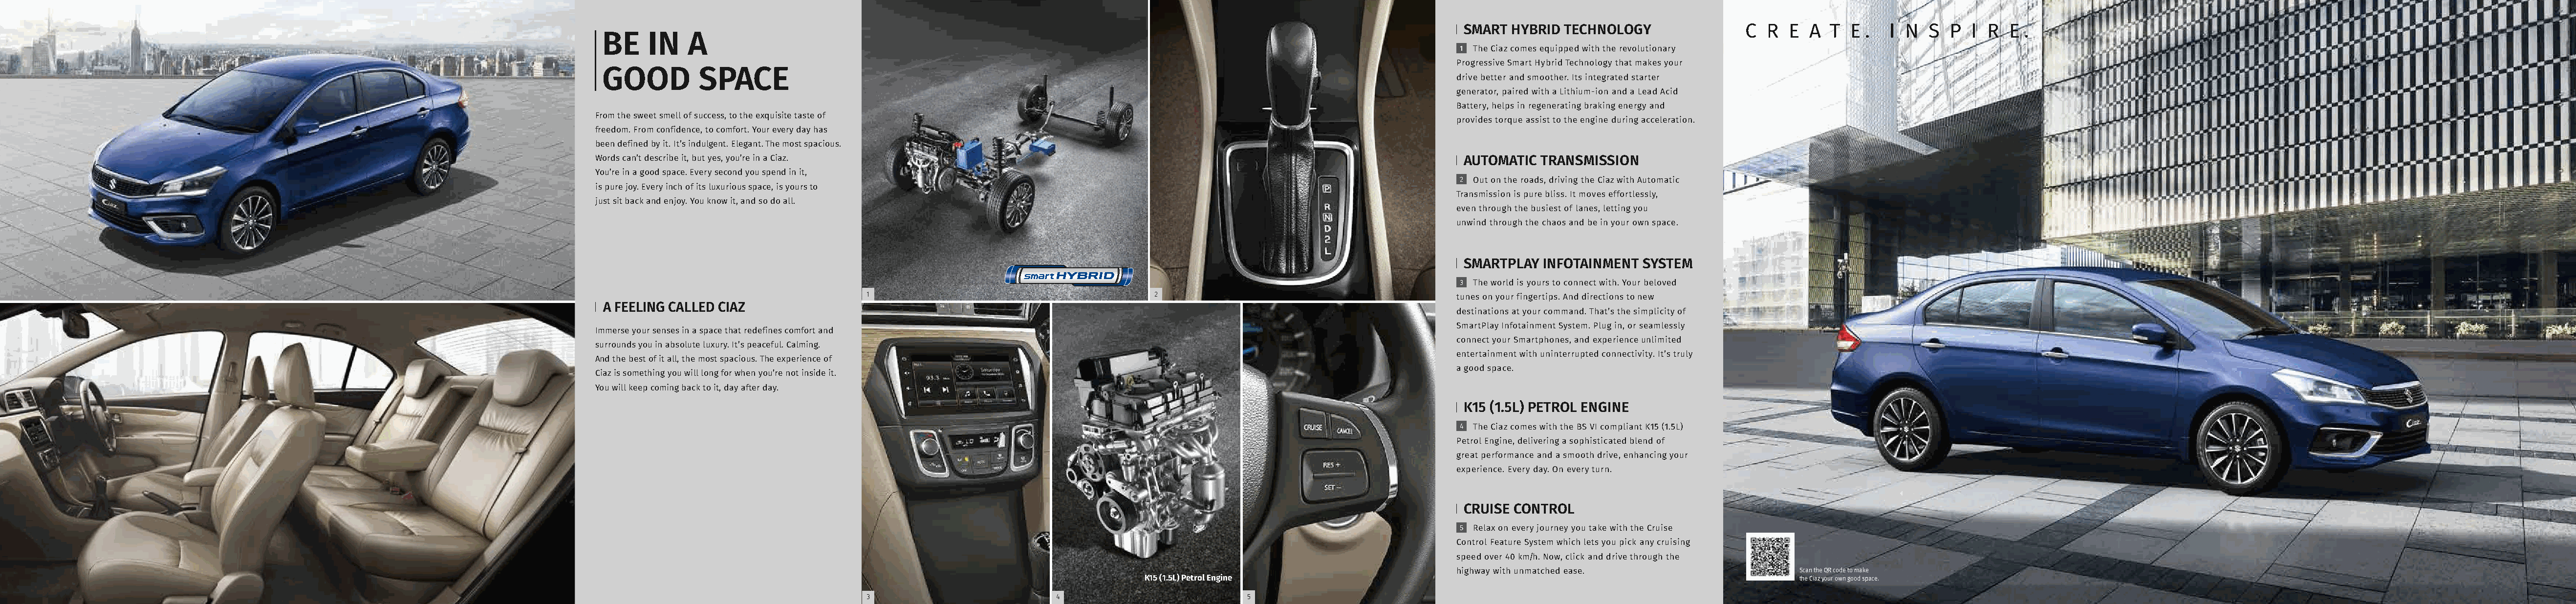
WFH_CIAZ_6 Pages Brochure_12.10.20                      2                                                                                                                    3                                                                                                                  4
 SMART HYBRID TECHNOLOGY
 BE    IN    A
 1 The Ciaz comes equipped with the revolutionary
 Progressive Smart Hybrid Technology that makes your
 GOOD         SPACE                                                                                                  drive better and smoother. Its integrated starter
 generator, paired with a Lithium-ion and a Lead Acid
 Battery, helps in regenerating braking energy and
 From the sweet smell of success, to the exquisite taste of
 provides torque assist to the engine during acceleration.
 freedom. From confidence, to comfort. Your every day has
 been defined by it. It’s indulgent. Elegant. The most spacious.
 Words can’t describe it, but yes, you’re in a Ciaz.                                                                   AUTOMATIC TRANSMISSION
 You’re in a good space. Every second you spend in it,
 2 Out on the roads, driving the Ciaz with Automatic
 is pure joy. Every inch of its luxurious space, is yours to
 Transmission is pure bliss. It moves effortlessly,
 just sit back and enjoy. You know it, and so do all.
 even through the busiest of lanes, letting you
 unwind through the chaos and be in your own space.
 SMARTPLAY  INFOTAINMENT SYSTEM
 3 The world is yours to connect with. Your beloved
 1                                      2                                        tunes on your fingertips. And directions to new
 A FEELING CALLED CIAZ
 destinations at your command. That’s the simplicity of
 SmartPlay Infotainment System. Plug in, or seamlessly
 Immerse your senses in a space that redefines comfort and
 connect your Smartphones, and experience unlimited
 surrounds you in absolute luxury. It’s peaceful. Calming.
 entertainment with uninterrupted connectivity. It’s truly
 And the best of it all, the most spacious. The experience of
 a good space.
 Ciaz is something you will long for when you’re not inside it.
 You will keep coming back to it, day after day.
 K15 (1.5L) PETROL ENGINE
 4 The Ciaz comes with the BS VI compliant K15 (1.5L)
 Petrol Engine, delivering a sophisticated blend of
 great performance and a smooth drive, enhancing your
 experience. Every day. On every turn.
 CRUISE CONTROL
 5 Relax on every journey you take with the Cruise
 Control Feature System which lets you pick any cruising
 speed over 40 km/h. Now, click and drive through the
 highway with unmatched ease.                  Scan the QR code to make
 K15 (1.5L) Petrol Engine                                                                the Ciaz your own good space.
 3                         4                        5